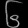
Digit: ၆